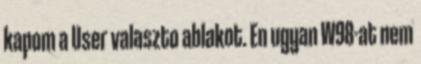
kapom a User valaszto ablakot. En ugyan W98-at nem